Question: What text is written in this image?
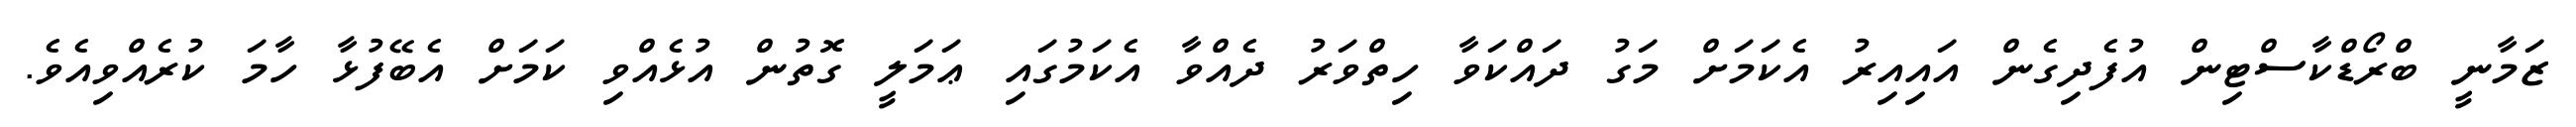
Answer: ޒަމާނީ ބްރޯޑްކާސްޓިން އުފެދިގެން އައިއިރު އެކަމަށް މަގު ދައްކަވާ ހިތްވަރު ދެއްވާ އެކަމުގައި ޢަމަލީ ގޮތުން އުޅެއްވި ކަމަށް އެބޭފުޅާ ހާމަ ކުރެއްވިއެވެ.